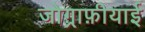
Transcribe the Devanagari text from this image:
जोग़्राफ़ीयाई